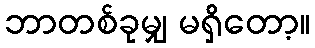
ဘာတစ်ခုမျှ မရှိတော့။